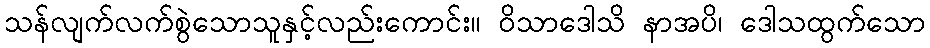
သန်လျက်လက်စွဲသောသူနှင့်လည်းကောင်း။ ဝိသာဒေါသိ နာအပိ၊ ဒေါသထွက်သော